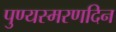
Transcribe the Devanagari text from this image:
पुण्यस्मरणदिन